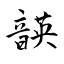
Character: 韺